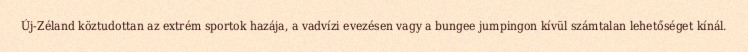
Új-Zéland köztudottan az extrém sportok hazája, a vadvízi evezésen vagy a bungee jumpingon kívül számtalan lehetőséget kínál.